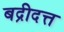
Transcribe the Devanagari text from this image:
बद्रीदत्त